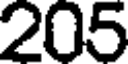
205